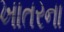
ખાતરના